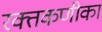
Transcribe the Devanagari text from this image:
रक्तकणीका